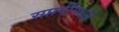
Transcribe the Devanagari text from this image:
सप्तर्षींमधले